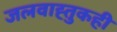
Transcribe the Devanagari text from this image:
जलवाह्तुकही